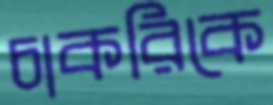
চাকরিকে